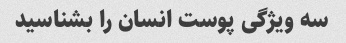
سه ویژگی پوست انسان را بشناسید